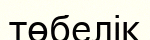
төбелік